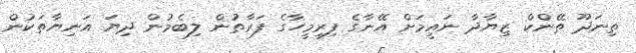
ތިނަދޫ ތޭންކް ޒިޔާދާ ނައީމަށް އޭނާގެ ފިރިމީހާގެ ފަރާތުން ލިބެމުން ދިޔަ އަނިޔާތަކުން